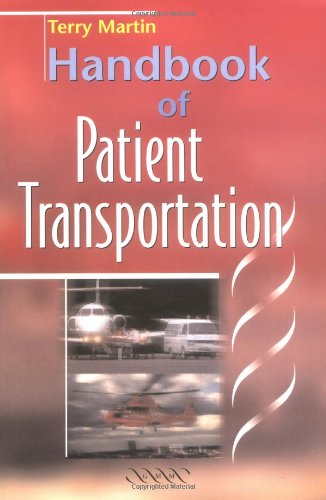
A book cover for Handbook of Patient Transportation; Terry Martin; Medical Books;